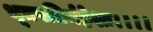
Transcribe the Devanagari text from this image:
भूतपतिर्महेशः।।।।